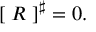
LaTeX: \left[ \; R \; \right] ^ { \sharp } = 0 .